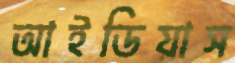
আইডিয়াস